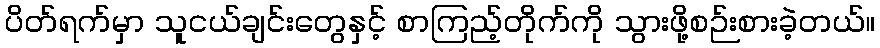
ပိတ်ရက်မှာ သူငယ်ချင်းတွေနှင့် စာကြည့်တိုက်ကို သွားဖို့စဉ်းစားခဲ့တယ်။